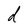
Character: d